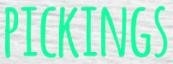
PICKINGS